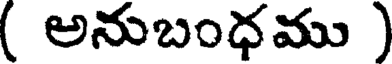
( అనుబంధము )